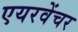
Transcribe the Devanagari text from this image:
एयरवेंचर